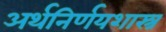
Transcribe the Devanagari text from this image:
अर्थनिर्णयशास्त्र